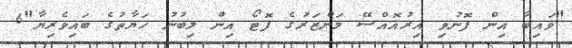
"ވައިބާ އިން ފޮނުވި އިރުއޮއްސޭ މަންޒަރުގެ ފޮޓޯ އިން ލިބުނު ހަޔާތުގެ ބައިވެރިޔާ"6